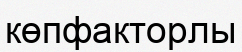
көпфакторлы